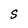
Character: S